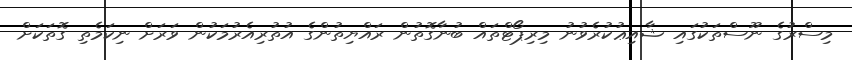
މިސްރުގެ ނޫސްތަކުގައި ޝާއިޢުކުރެވުނު މިރިޕޯޓްތައްް ބުނާގޮތުން ރައްޔިތުންގެ އުތުރިއެރުމަކުން ވަރަށް ނިކަމެތި ގޮތަކަށް